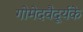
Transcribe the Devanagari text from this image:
गोमेदवैदूर्यके